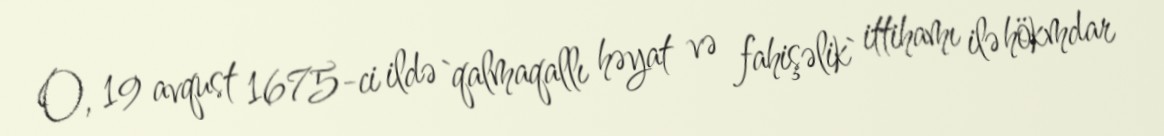
O, 19 avqust 1675-ci ildə `qalmaqallı həyat və fahişəlik` ittihamı ilə hökmdar